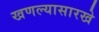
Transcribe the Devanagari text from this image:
खणल्यासारखे